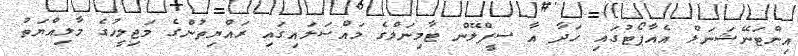
އިންޓަނޭޝަނަލް އެއާޕޯޓުގައި ހަދާ އާ ސީޕްލޭން ޓާމިނަލްގެ މައްސަލައިގައި ރައްޔިތުންގެ މަޖިލީހުގެ މާލިއްޔަތު